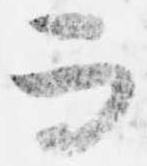
而